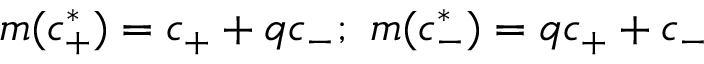
m ( c _ { + } ^ { * } ) = c _ { + } + q c _ { - } ; \ m ( c _ { - } ^ { * } ) = q c _ { + } + c _ { - }